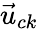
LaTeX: {{\vec{u}}_{ck}}